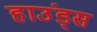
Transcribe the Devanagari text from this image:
हाउंड्स